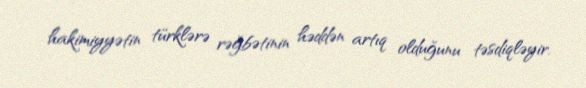
hakimiyyətin türklərə rəğbətinin həddən artıq olduğunu təsdiqləyir.